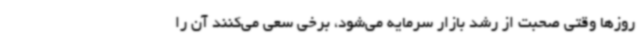
روزها وقتی صحبت از رشد بازار سرمایه می‌شود، برخی سعی می‌کنند آن را